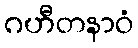
ဂဟီတနာဝံ